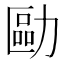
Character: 𠢔